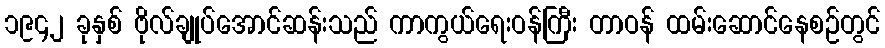
၁၉၄၂ ခုနှစ် ဗိုလ်ချုပ်အောင်ဆန်းသည် ကာကွယ်ရေးဝန်ကြီး တာဝန် ထမ်းဆောင်နေစဉ်တွင်